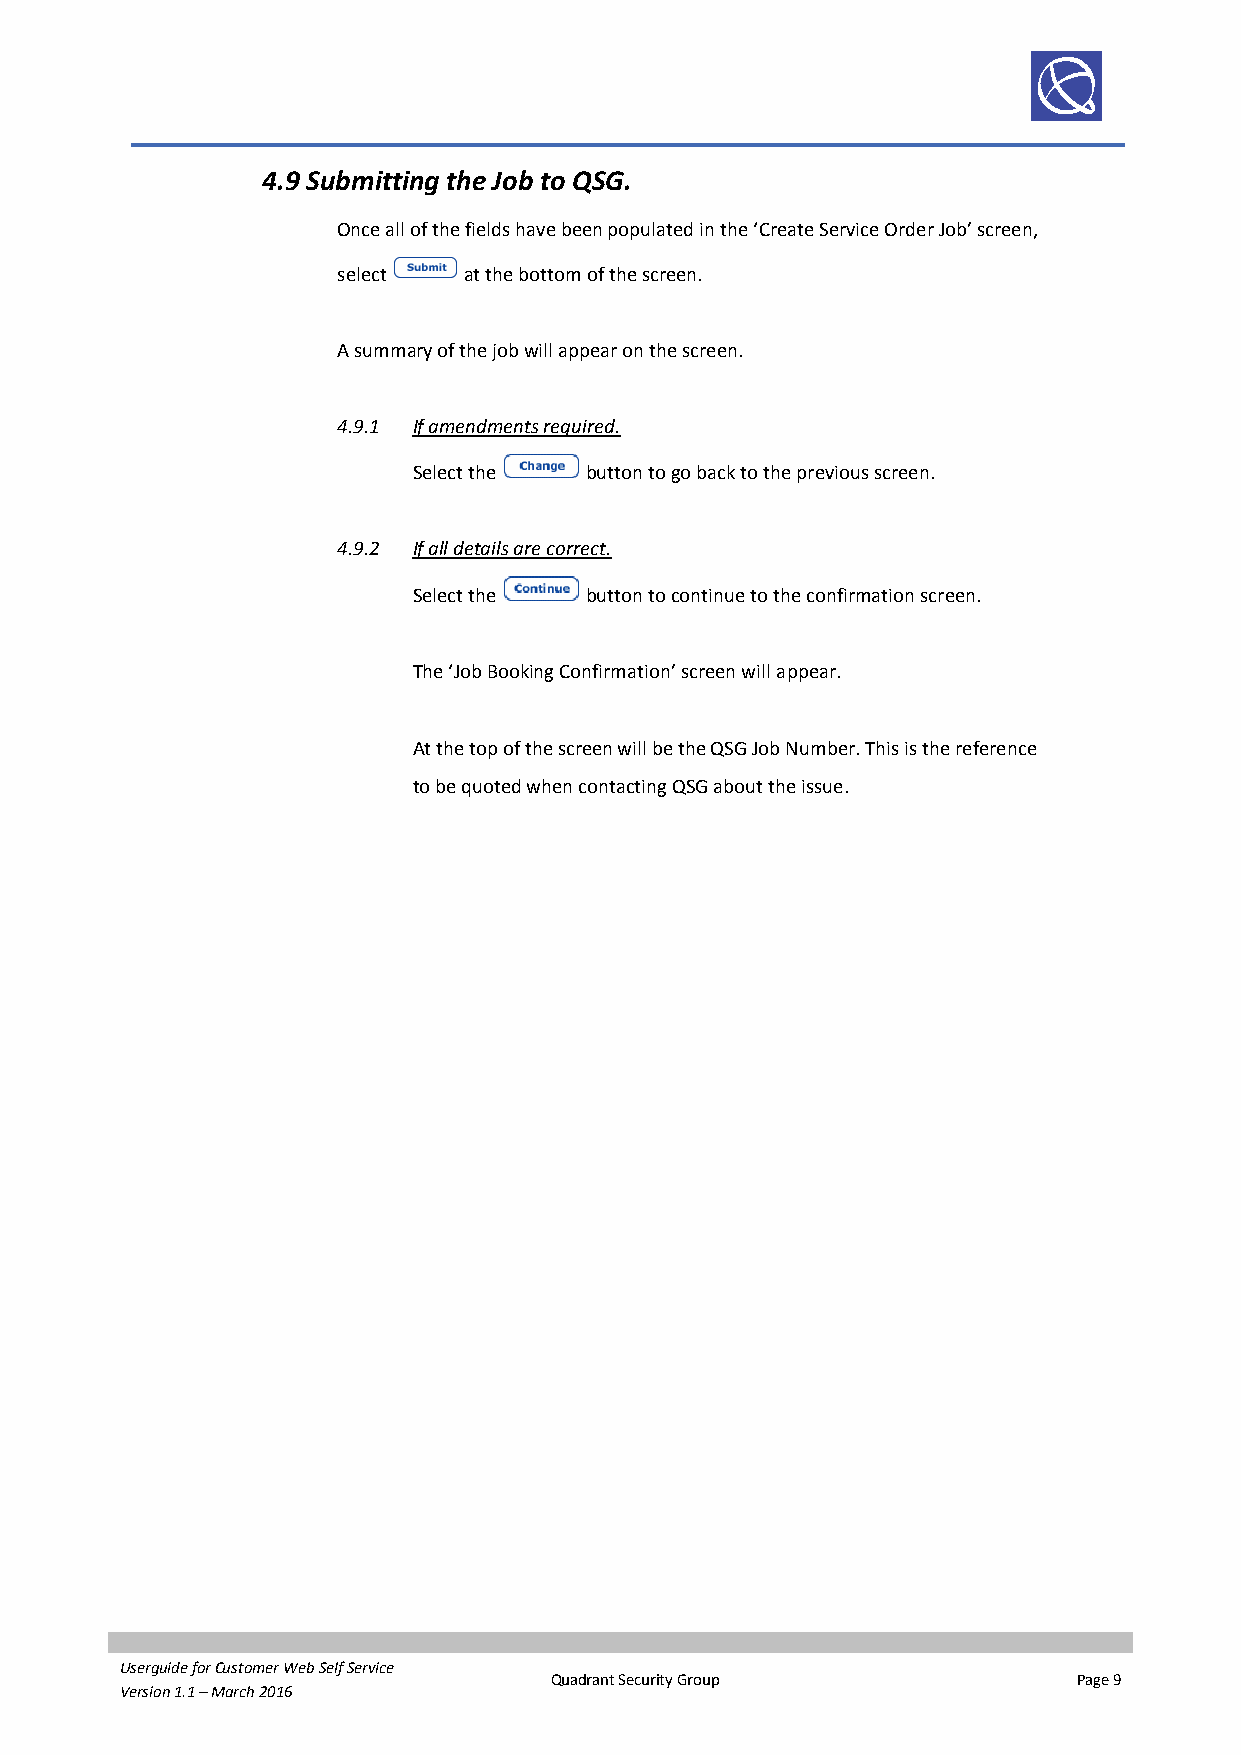
4.9 Submitting the Job to QSG.
 Once all of the fields have been populated in the ‘Create Service Order Job’ screen,
 select   at the bottom of the screen.
 A summary of the job will appear on the screen.
 4.9.1 If amendments required.
 Select the  button to go back to the previous screen.
 4.9.2 If all details are correct.
 Select the  button to continue to the confirmation screen.
 The ‘Job Booking Confirmation’ screen will appear.
 At the top of the screen will be the QSG Job Number. This is the reference
 to be quoted when contacting QSG about the issue.
 Userguide for Customer Web Self Service
 Quadrant Security Group            Page 9
 Version 1.1 – March 2016